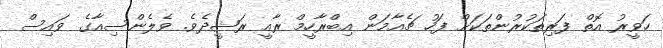
ހަވީރު އޮތް ފަރިތަކުރުންތަކަށް ފަހު ޗެއާމަން އިބްރާހީމް ރާއީ ރަޝީދެވެ. ވެލެންސިއާގެ ވައިސް